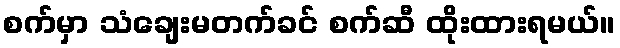
စက်မှာ သံချေးမတက်ခင် စက်ဆီ ထိုးထားရမယ်။